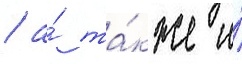
/ а́ та́кже и́